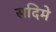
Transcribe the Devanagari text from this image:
सदिमे